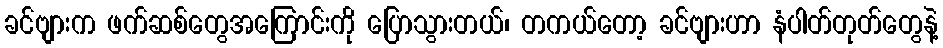
ခင်ဗျားက ဖက်ဆစ်တွေအကြောင်းကို ပြောသွားတယ်၊ တကယ်တော့ ခင်ဗျားဟာ နံပါတ်တုတ်တွေနဲ့